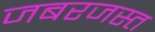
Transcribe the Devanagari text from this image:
जबरजस्त